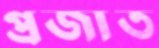
প্রজাত